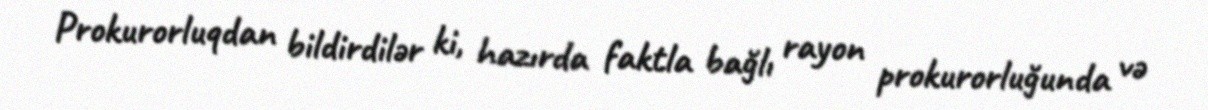
Prokurorluqdan bildirdilər ki, hazırda faktla bağlı rayon prokurorluğunda və